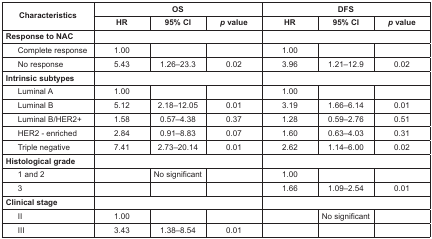
<table><thead><tr><td rowspan="2"><b>Characteristics</b></td><td colspan="3"><b>OS</b></td><td colspan="3"><b>DFS</b></td></tr><tr><td><b>HR</b></td><td><b>95% CI</b></td><td><b><i>p</i> value</b></td><td><b>HR</b></td><td><b>95% CI</b></td><td><b><i>p</i> value</b></td></tr></thead><tbody><tr><td><b>Response to NAC</b></td><td colspan="3"></td><td colspan="3"></td></tr><tr><td>Complete response</td><td>1.00</td><td></td><td></td><td>1.00</td><td></td><td></td></tr><tr><td>No response</td><td>5.43</td><td>1.26–23.3</td><td>0.02</td><td>3.96</td><td>1.21–12.9</td><td>0.02</td></tr><tr><td><b>Intrinsic subtypes</b></td><td colspan="3"></td><td colspan="3"></td></tr><tr><td>Luminal A</td><td>1.00</td><td></td><td></td><td>1.00</td><td></td><td></td></tr><tr><td>Luminal B</td><td>5.12</td><td>2.18–12.05</td><td>0.01</td><td>3.19</td><td>1.66–6.14</td><td>0.01</td></tr><tr><td>Luminal B/HER2+</td><td>1.58</td><td>0.57–4.38</td><td>0.37</td><td>1.28</td><td>0.59–2.76</td><td>0.51</td></tr><tr><td>HER2 - enriched</td><td>2.84</td><td>0.91–8.83</td><td>0.07</td><td>1.60</td><td>0.63–4.03</td><td>0.31</td></tr><tr><td>Triple negative</td><td>7.41</td><td>2.73–20.14</td><td>0.01</td><td>2.62</td><td>1.14–6.00</td><td>0.02</td></tr><tr><td><b>Histological grade</b></td><td colspan="3"></td><td colspan="3"></td></tr><tr><td>1 and 2</td><td></td><td>No significant</td><td></td><td>1.00</td><td></td><td></td></tr><tr><td>3</td><td></td><td></td><td></td><td>1.66</td><td>1.09–2.54</td><td>0.01</td></tr><tr><td><b>Clinical stage</b></td><td colspan="3"></td><td colspan="3"></td></tr><tr><td>II</td><td>1.00</td><td></td><td></td><td></td><td>No significant</td><td></td></tr><tr><td>III</td><td>3.43</td><td>1.38–8.54</td><td>0.01</td><td></td><td></td><td></td></tr></tbody></table>